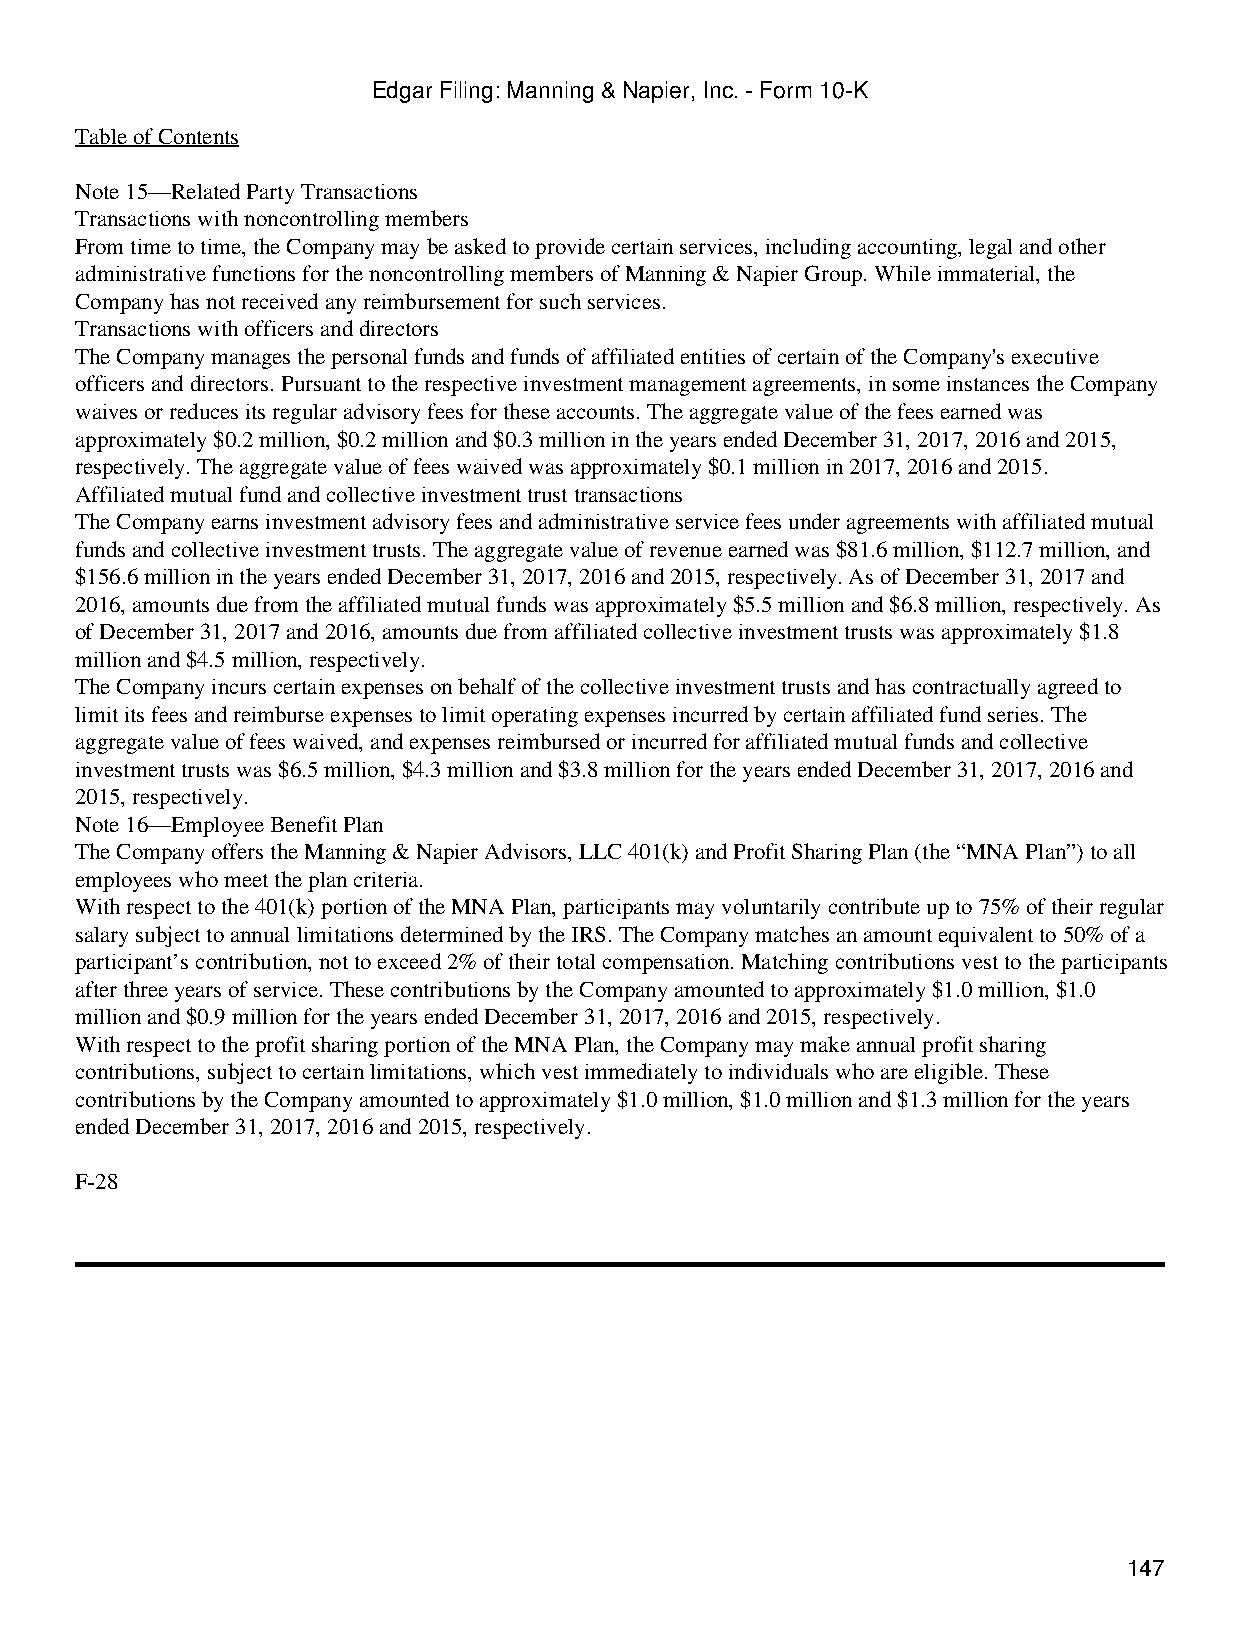
Edgar Filing: Manning & Napier, Inc. - Form 10-K
 Table of Contents
 Note 15—Related Party Transactions
 Transactions with noncontrolling members
 From time to time, the Company may be asked to provide certain services, including accounting, legal and other
 administrative functions for the noncontrolling members of Manning & Napier Group. While immaterial, the
 Company has not received any reimbursement for such services.
 Transactions with officers and directors
 The Company manages the personal funds and funds of affiliated entities of certain of the Company's executive
 officers and directors. Pursuant to the respective investment management agreements, in some instances the Company
 waives or reduces its regular advisory fees for these accounts. The aggregate value of the fees earned was
 approximately $0.2 million, $0.2 million and $0.3 million in the years ended December 31, 2017, 2016 and 2015,
 respectively. The aggregate value of fees waived was approximately $0.1 million in 2017, 2016 and 2015.
 Affiliated mutual fund and collective investment trust transactions
 The Company earns investment advisory fees and administrative service fees under agreements with affiliated mutual
 funds and collective investment trusts. The aggregate value of revenue earned was $81.6 million, $112.7 million, and
 $156.6 million in the years ended December 31, 2017, 2016 and 2015, respectively. As of December 31, 2017 and
 2016, amounts due from the affiliated mutual funds was approximately $5.5 million and $6.8 million, respectively. As
 of December 31, 2017 and 2016, amounts due from affiliated collective investment trusts was approximately $1.8
 million and $4.5 million, respectively.
 The Company incurs certain expenses on behalf of the collective investment trusts and has contractually agreed to
 limit its fees and reimburse expenses to limit operating expenses incurred by certain affiliated fund series. The
 aggregate value of fees waived, and expenses reimbursed or incurred for affiliated mutual funds and collective
 investment trusts was $6.5 million, $4.3 million and $3.8 million for the years ended December 31, 2017, 2016 and
 2015, respectively.
 Note 16—Employee Benefit Plan
 The Company offers the Manning & Napier Advisors, LLC 401(k) and Profit Sharing Plan (the “MNA Plan”) to all
 employees who meet the plan criteria.
 With respect to the 401(k) portion of the MNA Plan, participants may voluntarily contribute up to 75% of their regular
 salary subject to annual limitations determined by the IRS. The Company matches an amount equivalent to 50% of a
 participant’s contribution, not to exceed 2% of their total compensation. Matching contributions vest to the participants
 after three years of service. These contributions by the Company amounted to approximately $1.0 million, $1.0
 million and $0.9 million for the years ended December 31, 2017, 2016 and 2015, respectively.
 With respect to the profit sharing portion of the MNA Plan, the Company may make annual profit sharing
 contributions, subject to certain limitations, which vest immediately to individuals who are eligible. These
 contributions by the Company amounted to approximately $1.0 million, $1.0 million and $1.3 million for the years
 ended December 31, 2017, 2016 and 2015, respectively.
 F-28
 147